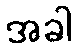
အခါ